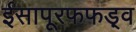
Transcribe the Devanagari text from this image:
ईसापूरफफड़्व